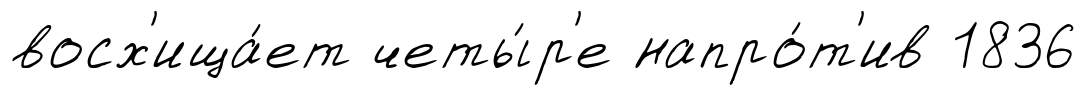
восх'ища́ет четы́р'е напро́т'ив 1836